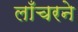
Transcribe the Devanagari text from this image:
लाँचरने